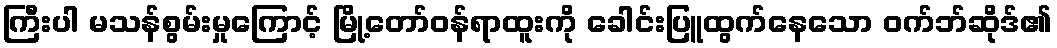
ကြီးပါ မသန်စွမ်းမှုကြောင့် မြို့တော်ဝန်ရာထူးကို ခေါင်းပြူထွက်နေသော ဝက်ဘ်ဆိုဒ်၏